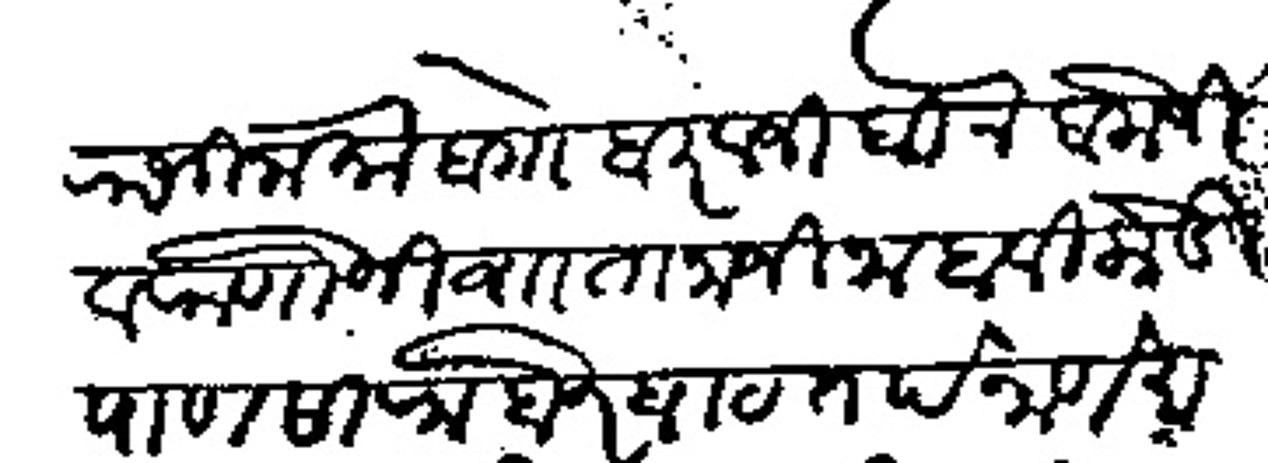
Transliteration (Devanagari): राजीनामा बेा बिखाजी बिन बालोजी व राणोजी व तानाजी नाहावीकेडी पाणसारा बोरघाट तर्फ नाणे मावल